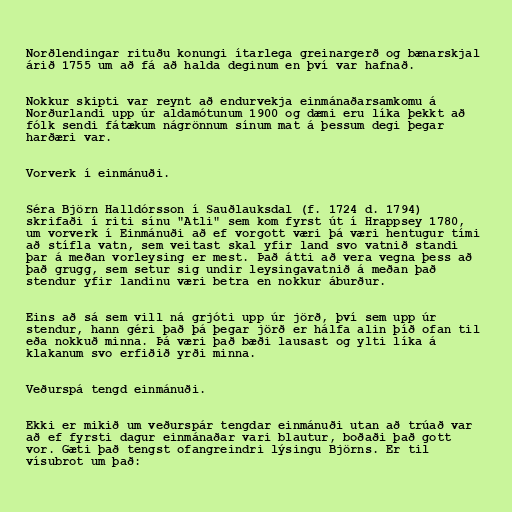
Norðlendingar rituðu konungi ítarlega greinargerð og bænarskjal
árið 1755 um að fá að halda deginum en því var hafnað.

Nokkur skipti var reynt að endurvekja einmánaðarsamkomu á
Norðurlandi upp úr aldamótunum 1900 og dæmi eru líka þekkt að
fólk sendi fátækum nágrönnum sínum mat á þessum degi þegar
harðæri var.

Vorverk í einmánuði.

Séra Björn Halldórsson í Sauðlauksdal (f. 1724 d. 1794)
skrifaði í riti sínu "Atli" sem kom fyrst út í Hrappsey 1780,
um vorverk í Einmánuði að ef vorgott væri þá væri hentugur tími
að stífla vatn, sem veitast skal yfir land svo vatnið standi
þar á meðan vorleysing er mest. Það átti að vera vegna þess að
það grugg, sem setur sig undir leysingavatnið á meðan það
stendur yfir landinu væri betra en nokkur áburður.

Eins að sá sem vill ná grjóti upp úr jörð, því sem upp úr
stendur, hann géri það þá þegar jörð er hálfa alin þíð ofan til
eða nokkuð minna. Þá væri það bæði lausast og ylti líka á
klakanum svo erfiðið yrði minna.

Veðurspá tengd einmánuði.

Ekki er mikið um veðurspár tengdar einmánuði utan að trúað var
að ef fyrsti dagur einmánaðar vari blautur, boðaði það gott
vor. Gæti það tengst ofangreindri lýsingu Björns. Er til
vísubrot um það: